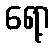
ရော့